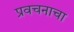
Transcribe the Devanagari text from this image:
प्रवचनाचा